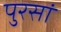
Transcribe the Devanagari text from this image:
पुरसां